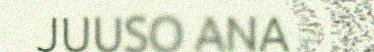
JUUSO ANA